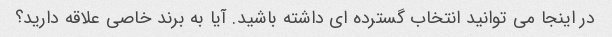
در اینجا می توانید انتخاب گسترده ای داشته باشید. آیا به برند خاصی علاقه دارید؟